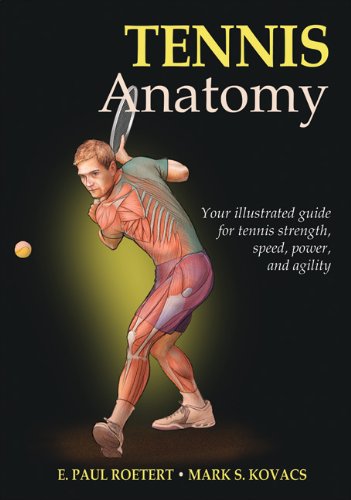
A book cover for Tennis Anatomy; Paul Roetert; Sports & Outdoors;